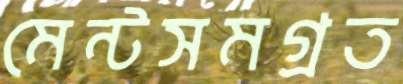
মেন্টসমগ্রত